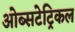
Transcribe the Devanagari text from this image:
ओब्सटेट्रिकल